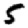
Digit: 5